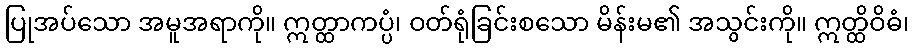
ပြုအပ်သော အမူအရာကို။ ဣတ္ထာကပ္ပံ၊ ဝတ်ရုံခြင်းစသော မိန်းမ၏ အသွင်းကို။ ဣတ္ထိဝိဓံ၊